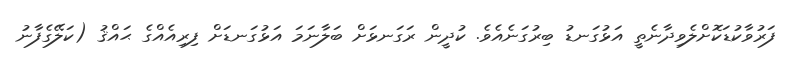
ފަރުވާކުޑަކޮށްލެވިދާނެތީ އަޅުގަނޑު ބިރުގަނެއެވެ. ކުދީން ރަގަނޅަށް ބަލާނަމަ އަޅުގަނޑަށް ފިރިއެއްގެ ޙައްޤު (ކަލޭގެފާނު